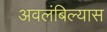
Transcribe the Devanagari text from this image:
अवलंबिल्यास